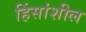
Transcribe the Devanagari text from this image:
हिंसांशील